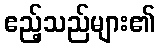
ဧည့်သည်များ၏